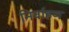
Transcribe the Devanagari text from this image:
निर्वाहण